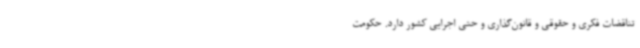
تناقضات فکری و حقوقی و قانون‌گذاری و حتی اجرایی کشور دارد. حکومت